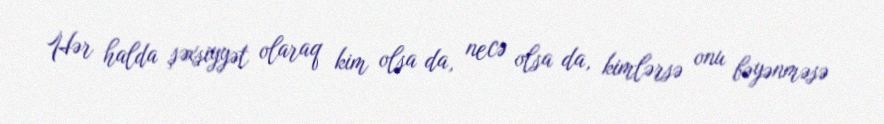
Hər halda şəxsiyyət olaraq kim olsa da, necə olsa da, kimlərsə onu bəyənməsə